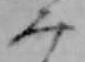
み